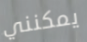
يمكنني